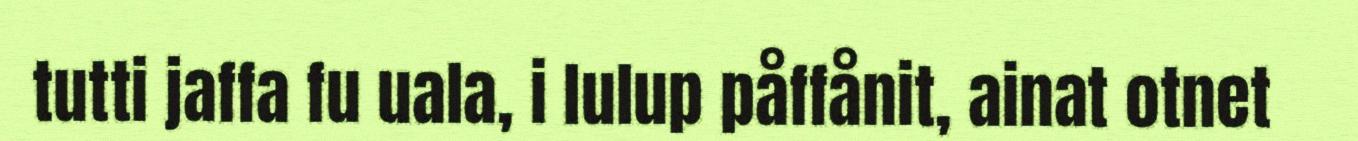
tutti jaffa fu uala, i lulup påffånit, ainat otnet